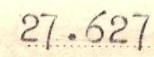
27.627